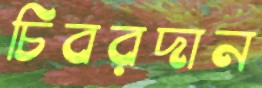
চিবরদান